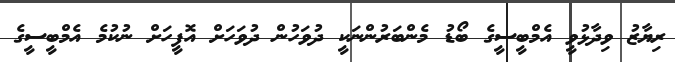
ރިޔާޒު ވިދާޅުވީ އެމްބީސީގެ ބޯޑު މެންބަރުންނަކީ ދުވަހުން ދުވަހަށް އޮފީހަށް ނުކުމެ އެމްބީސީގެ